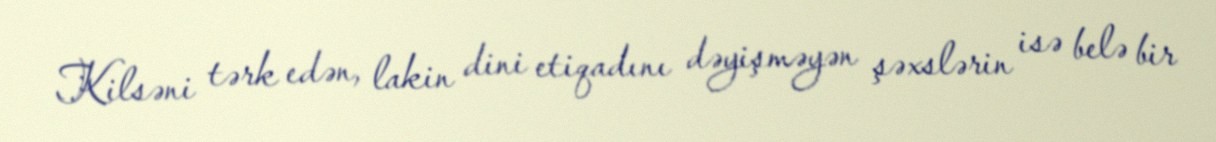
Kilsəni tərk edən, lakin dini etiqadını dəyişməyən şəxslərin isə belə bir